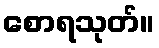
စောရသုတ်။